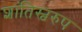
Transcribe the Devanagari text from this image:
शांतिस्वरुप